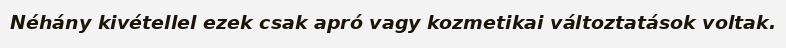
Néhány kivétellel ezek csak apró vagy kozmetikai változtatások voltak.